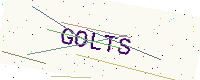
Text: GOLTS